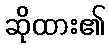
ဆိုထား၏